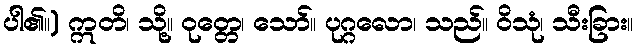
ပါ၏။) ဣတိ၊ သို့။ ဝုတ္တေ၊ သော်။ ပုဂ္ဂလော၊ သည်။ ဝိသုံ၊ သီးခြား။